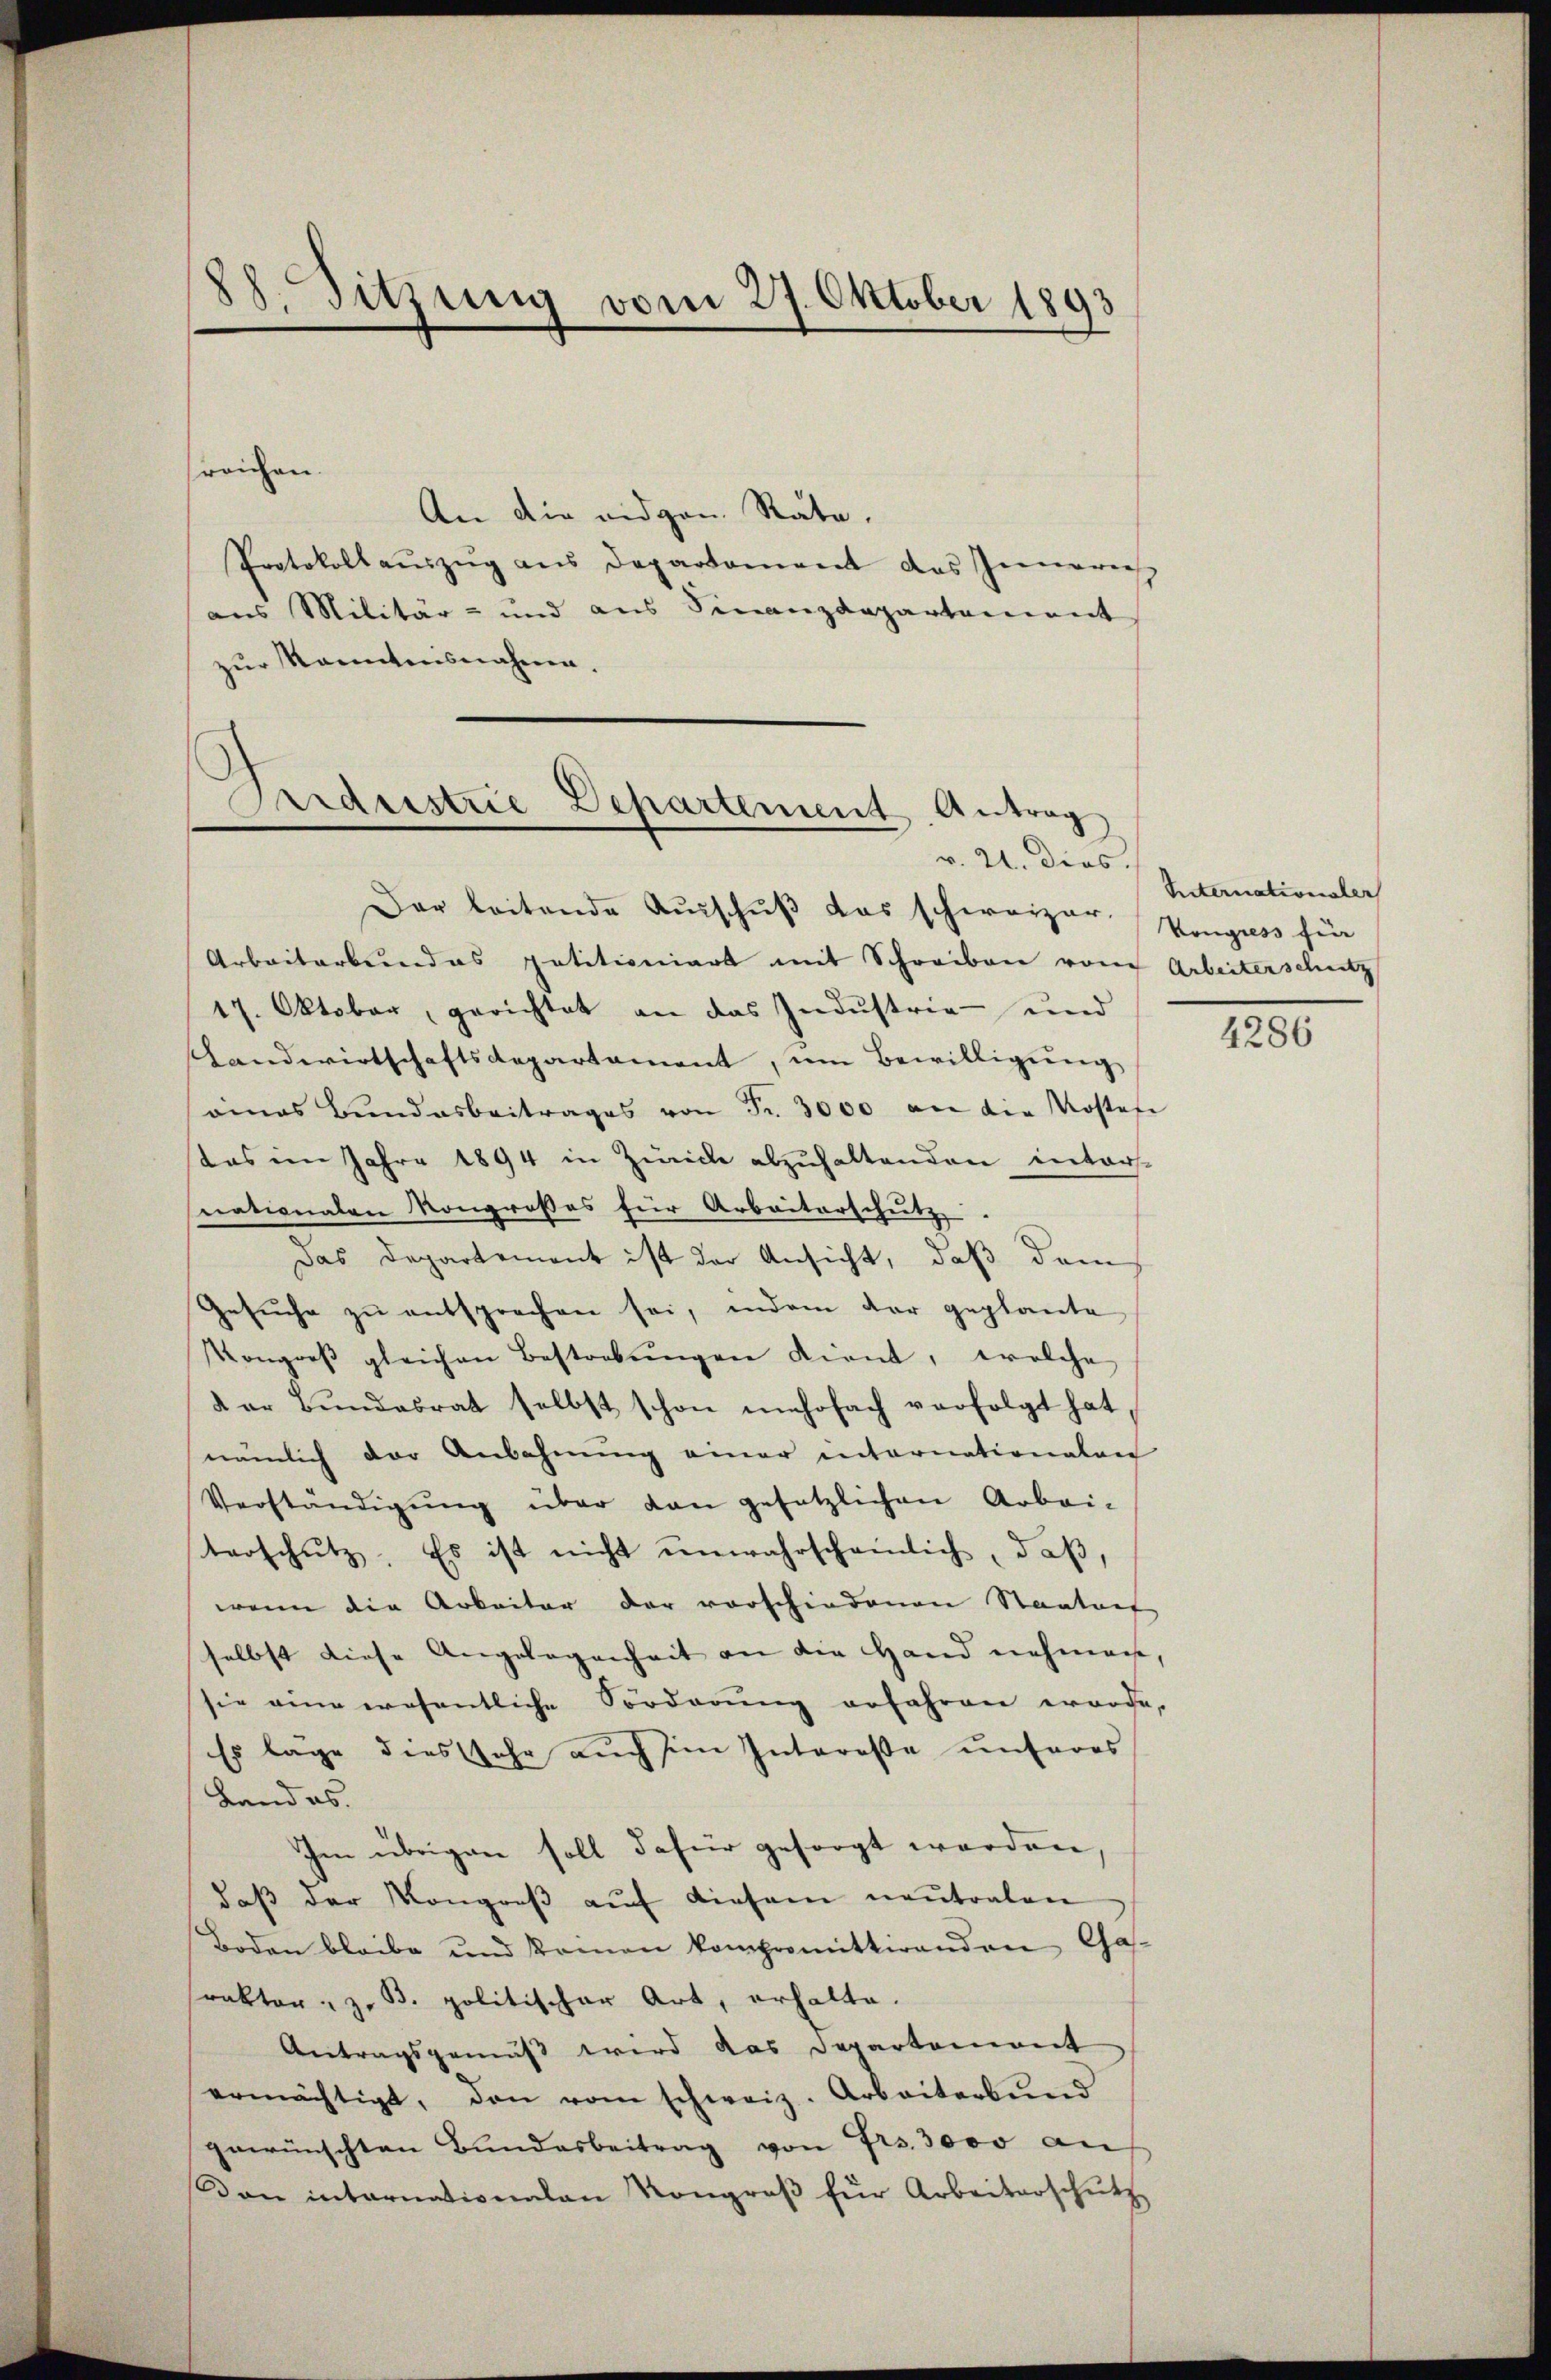
88. Sitzung vom 27. Oktober 1893

An die eidgen. Rate.
Protokollaŭszŭg ans Departament des Innerie
aus Militär- und aus Finanzdepartement
zur Kenntnisnahme.

reichen.

Ardeestrie Departement. Antrag
v. 21. dies.
Der leitende Ausschuß das schweizer Kongress für

Arbeiterbundes patitioniert mit Schreiben vom Arbeiterschutz
17. Oktober, gerichtet an das Industrie- und
Handwirtschaftsdepartament, um Bewilligung
eines Bundesbeitrages von Fr. 3000 an die Kostafe
stes im Jahre 1894 in Zürich abzuhaltenden intersnationalen Kongroßes für Arbeiterschŭtz.
Das Departement ist der Ansicht, daß dem
Gesŭche zŭ entsprochen sei, indem der geplante
Kongreβ gleichen Bestrebŭngen dient, welche
der Bŭndesrat selbst schon mehrfach verfolgt hat,
nämlich der Anbahnung einer internationalen
Verständigŭng über dan gesetzlichen Arbei-
tarschutz. Es ist nicht unwahrscheinlich, daß,
wenn die Arbeiter der vorschiedenen Staatent
selbst diese Angelegenheit an die Hand nehmen,
sie eine wesentliche Sorderung erfahren worde.
Es läge dies sehr aŭch im Interesse ŭnteres
Land ab
Im übrigen soll dafür gesorgt werden,
daß der Kongreß auf diesem neutralen
Boden bleibe und komen komparmittirenden Gas¬
Prakter, z. B. politischer Art, erhalte.
Antragsgemäß wird das Departement
ermächtigt, den vom schweiz. Arbeiterbund
gewünschten Bundesbeitrag von Frs. 3000 auf
on internationalen Kongroβ für Arbeiterschütz

Riternationsler

4286